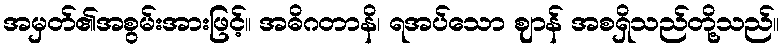
အမှတ်၏အစွမ်းအားဖြင့်။ အဓိဂတာနိ၊ ရအပ်သော ဈာန် အစရှိသည်တို့သည်။